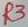
Text: R3